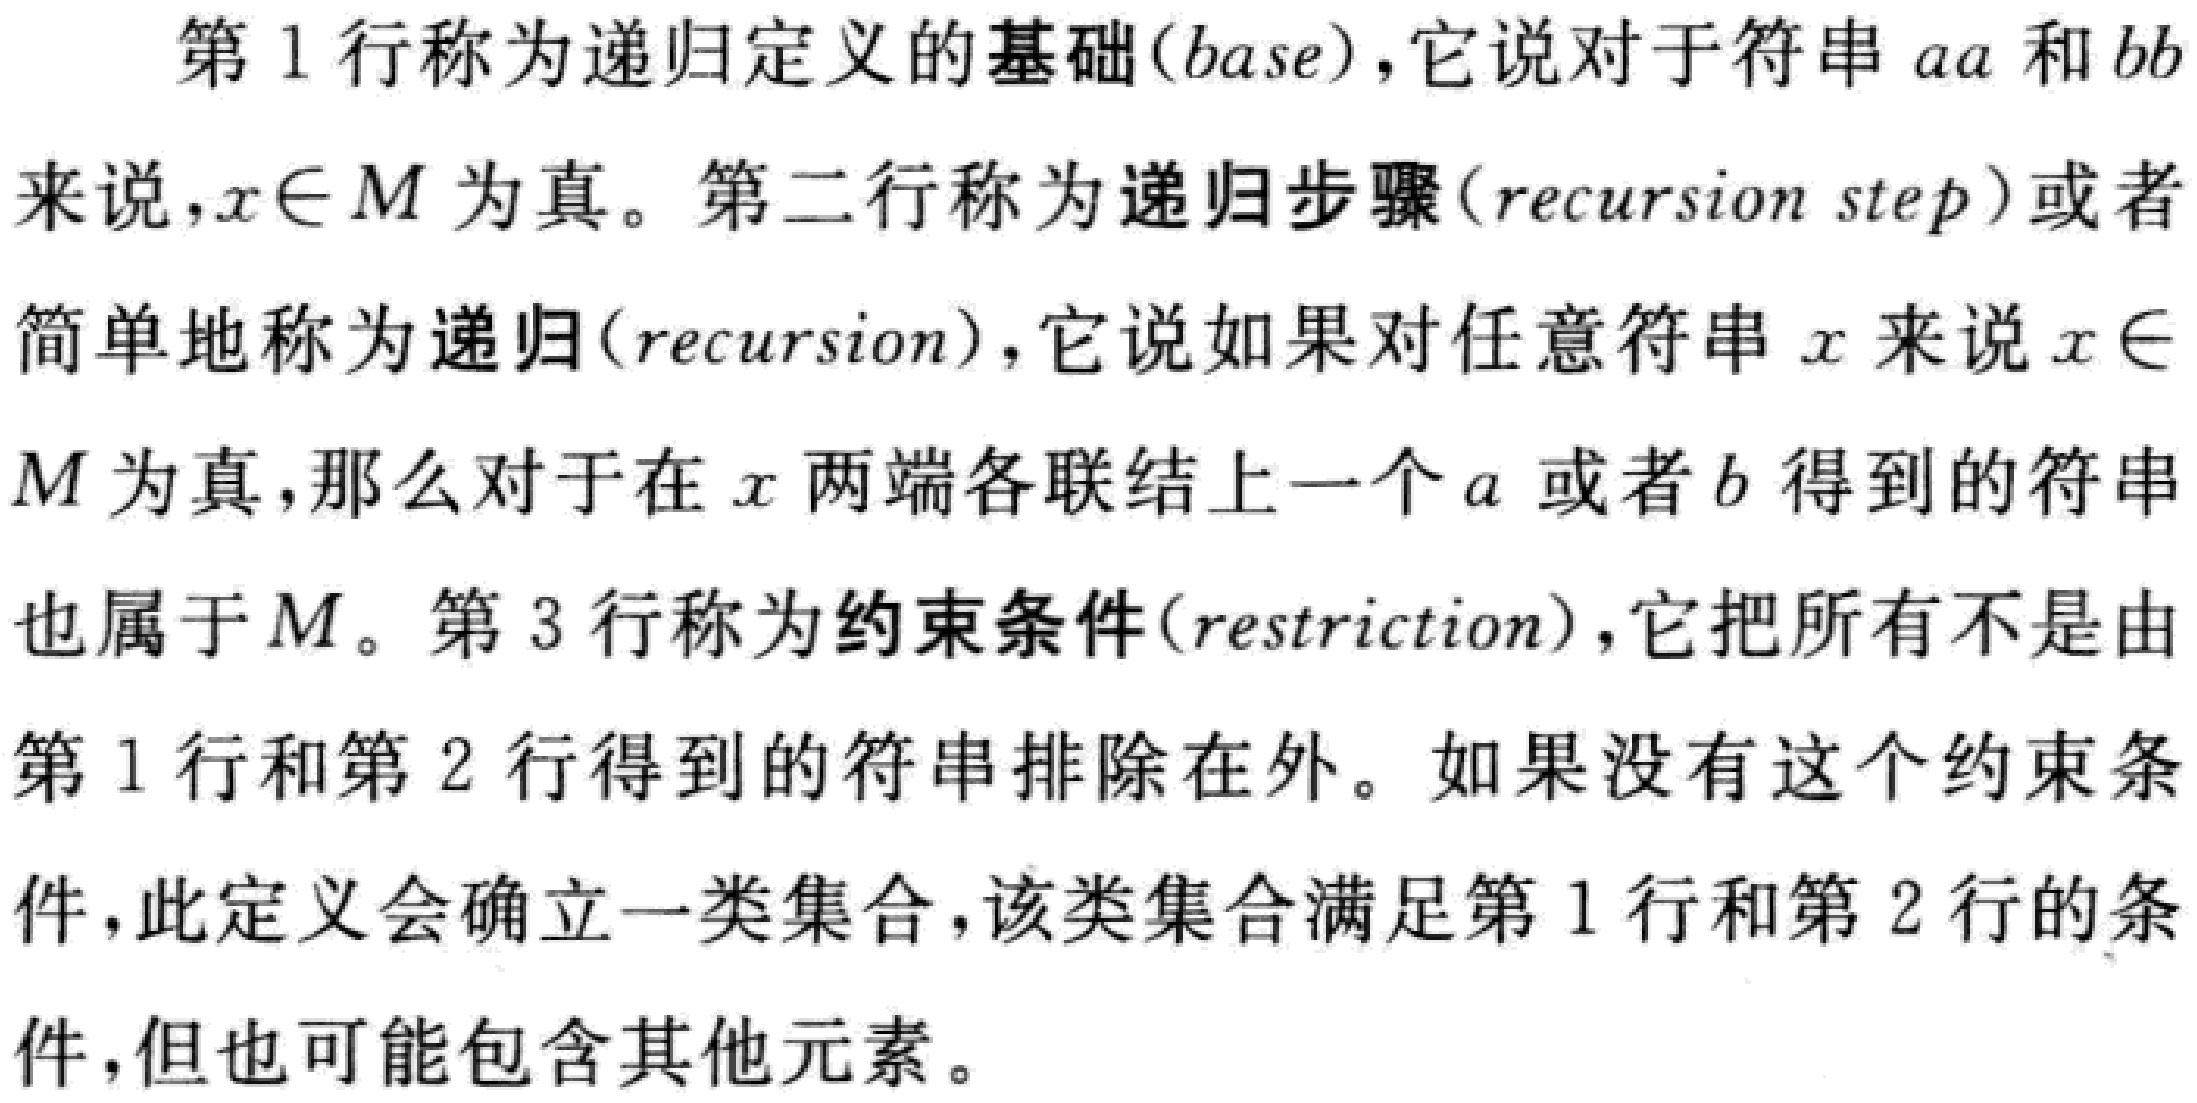
第1行称为递归定义的基础(\(base\))，它说对于符串\(aa\)和\(bb\)来说，\(x\in M\)为真。第二行称为递归步骤(\(recursion\ step\))或者简单地称为递归(\(recursion\))，它说如果对任意符串\(x\)来说\(x\in M\)为真，那么对于在\(x\)两端各联结上一个\(a\)或者\(b\)得到的符串也属于\(M\)。第3行称为约束条件(\(restriction\))，它把所有不是由第1行和第2行得到的符串排除在外。如果没有这个约束条件，此定义会确立一类集合，该类集合满足第1行和第2行的条件，但也可能包含其他元素。